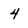
Character: 4